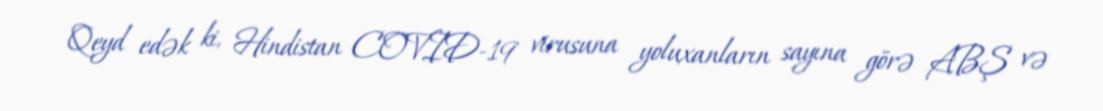
Qeyd edək ki, Hindistan COVID-19 virusuna yoluxanların sayına görə ABŞ və